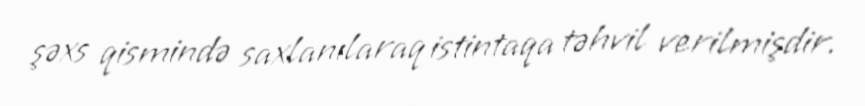
şəxs qismində saxlanılaraq istintaqa təhvil verilmişdir.